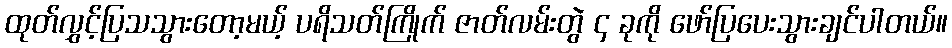
ထုတ်လွှင့်ပြသသွားတော့မယ့် ပရိသတ်ကြိုက် ဇာတ်လမ်းတွဲ ၄ ခုကို ဖော်ပြပေးသွားချင်ပါတယ်။